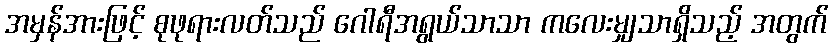
အမှန်အားဖြင့် စုဖုရားလတ်သည် ဂေါရီအရွယ်သာသာ ကလေးမျှသာရှိသည့် အတွက်